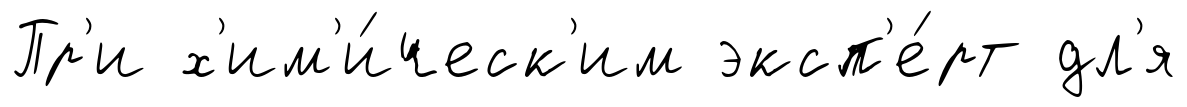
Пр'и х'им'и́ческ'им эксп'е́рт дл'я